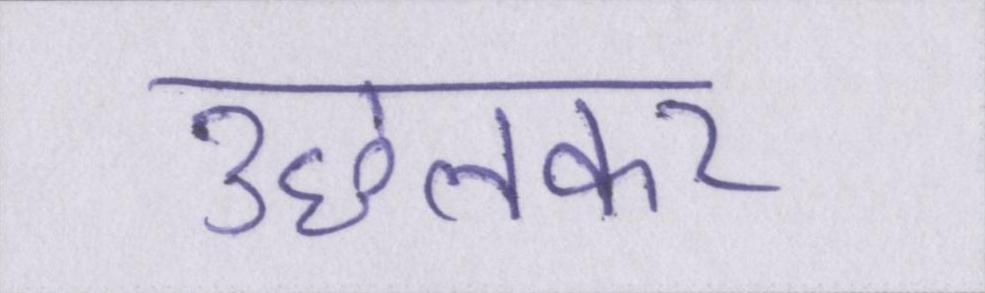
उछलकर